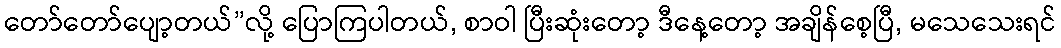
တော်တော်ပျော့တယ်”လို့ ပြောကြပါတယ်, စာဝါ ပြီးဆုံးတော့ ဒီနေ့တော့ အချိန်စေ့ပြီ, မသေသေးရင်